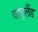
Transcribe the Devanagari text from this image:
वाइलैंड